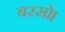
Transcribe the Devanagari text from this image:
बरसो।